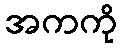
အကကို